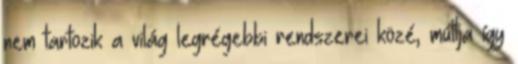
nem tartozik a világ legrégebbi rendszerei közé, múltja így